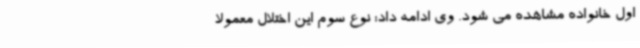
اول خانواده مشاهده می شود. وی ادامه داد: نوع سوم این اختلال معمولاً